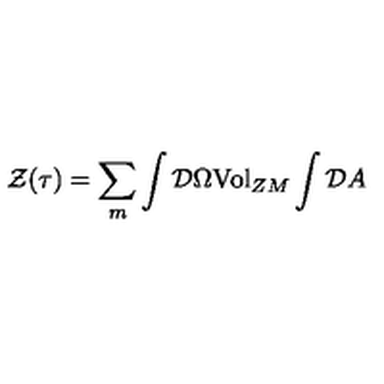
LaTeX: { \cal { Z } } ( \tau { } ) = \sum _ { m } \int { \cal { D } } \Omega { \mathrm { V o l } } _ { Z M } \int { \cal { D } } A